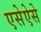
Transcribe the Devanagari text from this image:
एसेऐसे